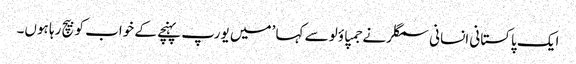
ایک پاکستانی انسانی سمگلر نے جمپاؤلو سے کہا ’میں یورپ پہنچے کے خواب کو بیچ رہا ہوں۔